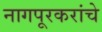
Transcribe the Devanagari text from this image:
नागपूरकरांचे